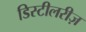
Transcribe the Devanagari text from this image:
डिस्टीलरीज़